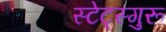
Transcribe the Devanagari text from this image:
स्टेट्स्गुरू